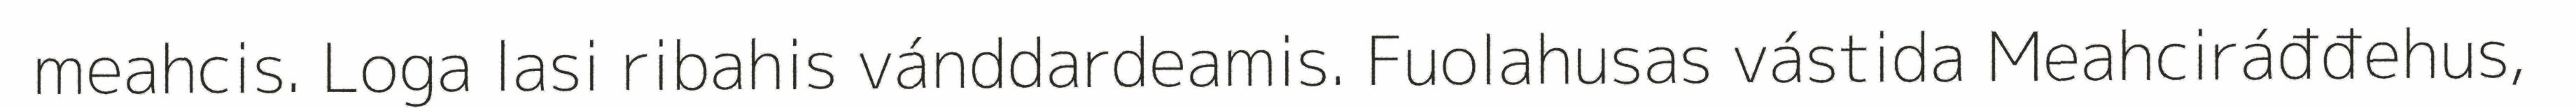
meahcis. Loga lasi ribahis vánddardeamis. Fuolahusas vástida Meahciráđđehus,